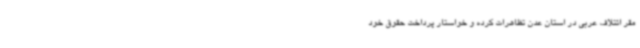
مقر ائتلاف عربی در استان عدن تظاهرات کرده و خواستار پرداخت حقوق خود